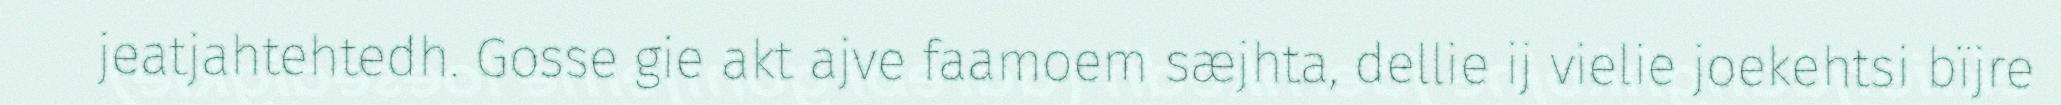
jeatjahtehtedh. Gosse gie akt ajve faamoem sæjhta, dellie ij vielie joekehtsi bïjre